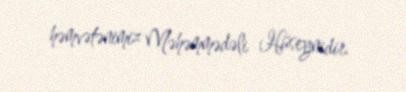
həmvətənimiz Məhəmmədəli Hüseynidir.